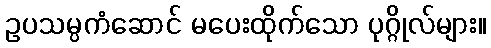
ဥပသမ္ပကံဆောင် မပေးထိုက်သော ပုဂ္ဂိုလ်များ။